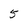
Character: 5